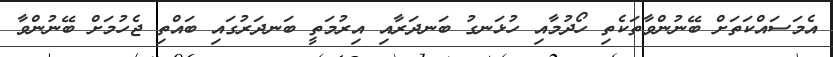
އެމަސައްކަތަށް ބޭނުންވާތަކެތި ހޯދުމާއި ހުޅަނގު ބަނދަރާއި އިރުމަތީ ބަނދަރުގައި ބައްތި ޖެހުމަށް ބޭނުންވާ